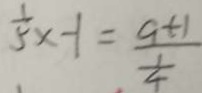
\frac { 1 } { 5 } x - 1 = \frac { a + 1 } { \frac { 1 } { 4 } }